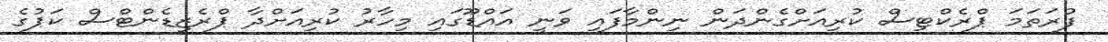
ފުރަތަމަ ޕްރެކްޓިސް ކުރިއަށްގެންދަން ނިންމާފައި ވަނީ އައްޑޫގައި މިހާރު ކުރިއަށްދާ ޕްރެޒިޑެންޓްސް ކަޕުގެ